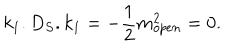
k _ { 1 } . D _ { S } . k _ { 1 } = - { \frac { 1 } { 2 } } m _ { o p e n } ^ { 2 } = 0 .